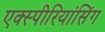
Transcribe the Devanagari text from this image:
एक्स्पीरियांसिंग